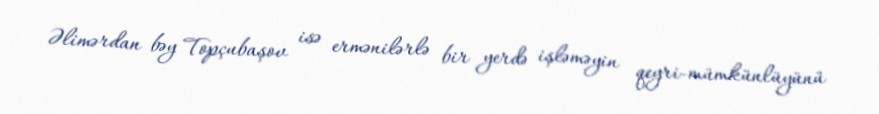
Əlimərdan bəy Topçubaşov isə ermənilərlə bir yerdə işləməyin qeyri-mümkünlüyünü